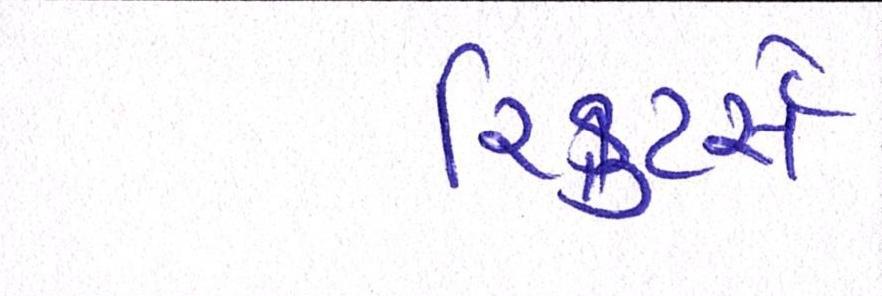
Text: રિક્રુટર્સે